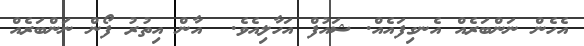
އެހެން ނަންބަރެއް އެނގިފައެއް. ޝައުފް އަހާލިއެވެ.  އާން އިތުރު ފޯން ނަންބަރެއް